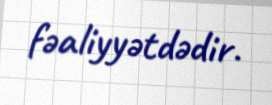
fəaliyyətdədir.